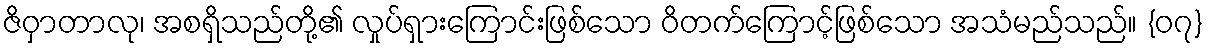
ဇိဝှာတာလု၊ အစရှိသည်တို့၏ လှုပ်ရှားကြောင်းဖြစ်သော ဝိတက်ကြောင့်ဖြစ်သော အသံမည်သည်။ {၀၇}